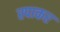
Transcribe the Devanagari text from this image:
स्पाकर